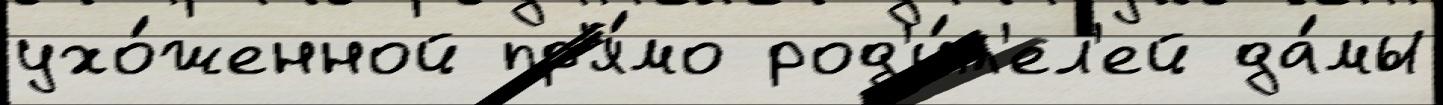
ухо́женной пр'я́мо род'и́т'ел'ей да́мы